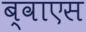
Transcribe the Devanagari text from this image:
ब्वाएस